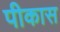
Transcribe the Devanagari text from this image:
पीकास